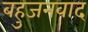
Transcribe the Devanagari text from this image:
बहुजनवाद